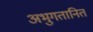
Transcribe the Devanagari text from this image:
अभुगतानित